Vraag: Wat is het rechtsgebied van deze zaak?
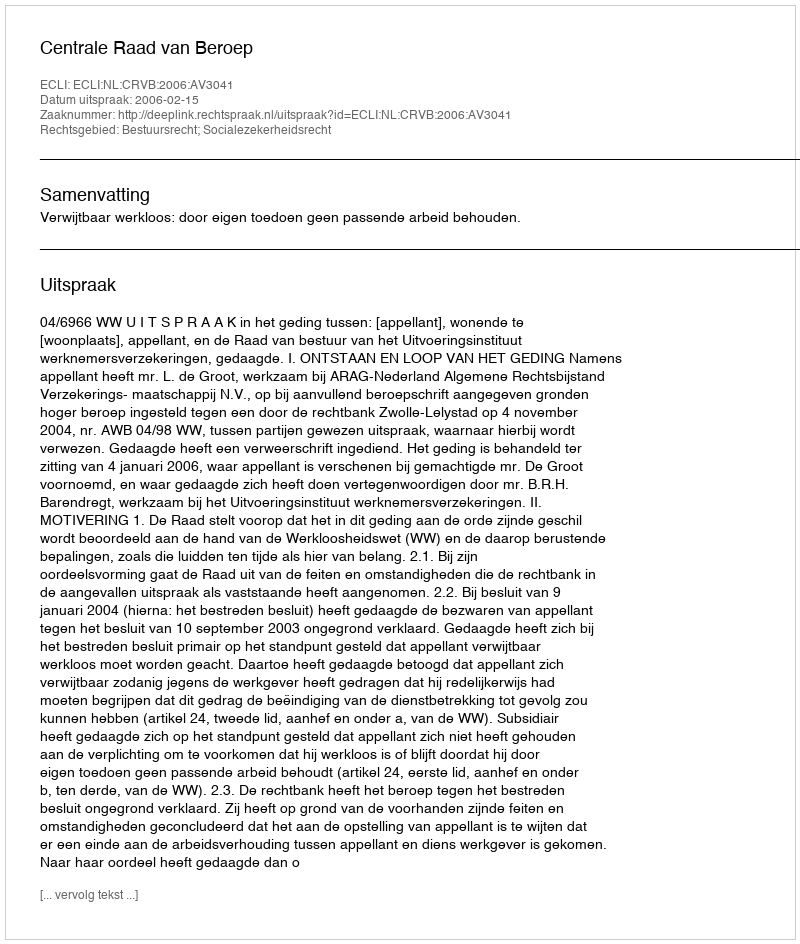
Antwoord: Bestuursrecht; Socialezekerheidsrecht